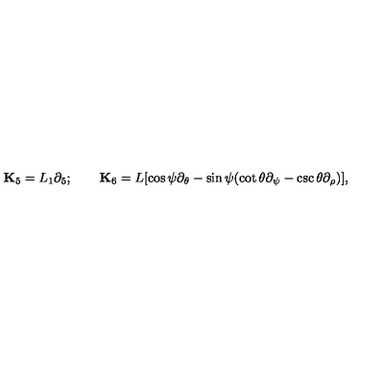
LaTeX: { \bf K } _ { 5 } = L _ { 1 } \partial _ { 5 } ; \qquad { \bf K } _ { 6 } = L [ \cos \psi \partial _ { \theta } - \sin \psi ( \cot \theta \partial _ { \psi } - \csc \theta \partial _ { \rho } ) ] ,